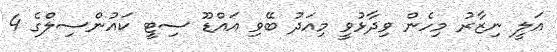
އަލީ ނިޒާރު މިހެން ވިދާޅުވީ މިއަދު ބޭވި އައްޑޫ ސިޓީ ކައުންސިލްގެ 4